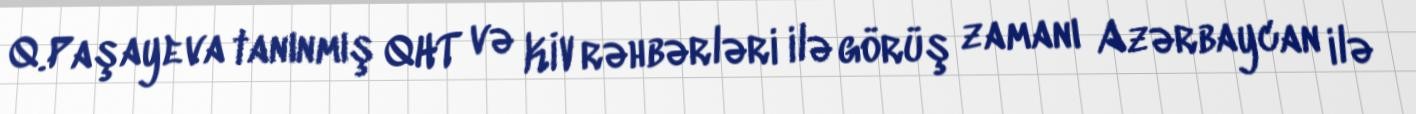
Q.Paşayeva tanınmış QHT və KİV rəhbərləri ilə görüş zamanı Azərbaycan ilə